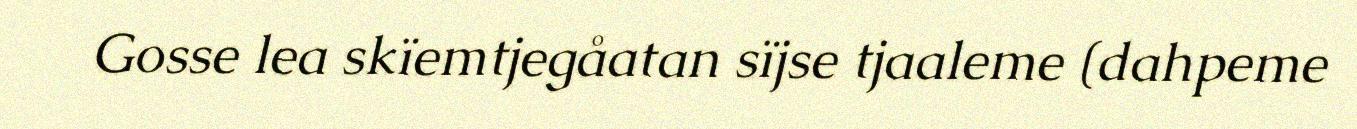
Gosse lea skïemtjegåatan sïjse tjaaleme (dahpeme